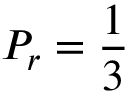
P _ { r } = \frac { 1 } { 3 }